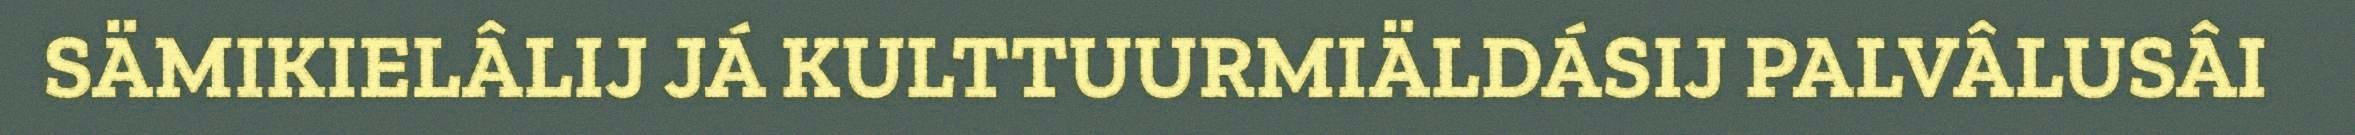
SÄMIKIELÂLIJ JÁ KULTTUURMIÄLDÁSIJ PALVÂLUSÂI